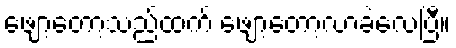
ဖျော့တော့သည်ထက် ဖျော့တော့လာခဲ့လေပြီ။